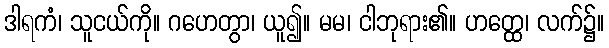
ဒါရကံ၊ သူငယ်ကို။ ဂဟေတွာ၊ ယူ၍။ မမ၊ ငါဘုရား၏။ ဟတ္ထေ၊ လက်၌။